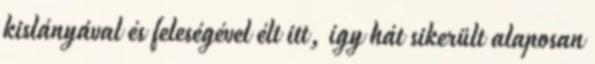
kislányával és feleségével élt itt, így hát sikerült alaposan